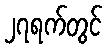
၂၇ရက်တွင်